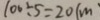
1 0 0 \div 5 = 2 0 ( m \cdot